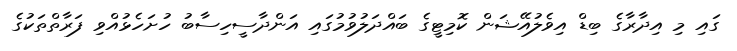
ގައި މި އިދާރާގެ ބިޑް އިވެލުއޭޝަން ކޮމިޓީގެ ބައްދަލުވުމުގައި އަންދާސީހިސާބު ހުށަހެޅުއްވި ފަރާތްތަކުގެ